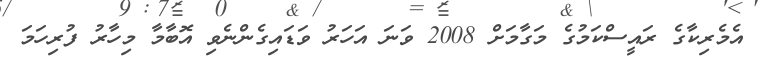
އެެމެރިކާގެ ރައީސްކަމުގެ މަގާމަށް 2008 ވަނަ އަހަރު ވަޑައިގެންނެވި އޮބާމާ މިހާރު ފުރިހަމަ